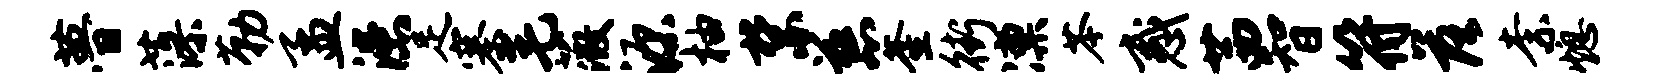
瞢藻勒孟漶足寨毛薇源柚禁慈釜街凛苓惑茜智符落柰熄